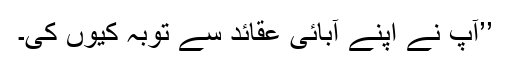
’’آپ نے اپنے آبائی عقائد سے توبہ کیوں کی۔